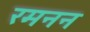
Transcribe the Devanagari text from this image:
रमनन